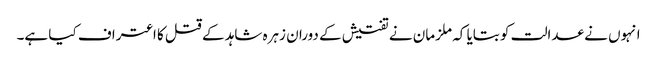
انہوں نے عدالت کو بتایا کہ ملزمان نے تفتیش کے دوران زہرہ شاہد کے قتل کا اعتراف کیا ہے۔